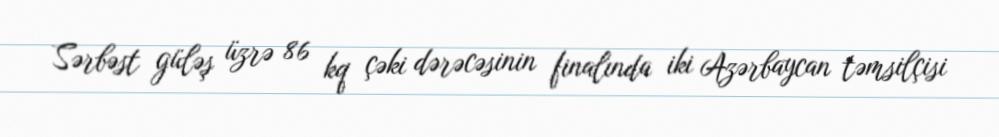
Sərbəst güləş üzrə 86 kq çəki dərəcəsinin finalında iki Azərbaycan təmsilçisi